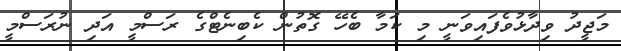
މަޖީދު ވިދާޅުވެފައިވަނީ މި ކަމާ ބެހޭ ގޮތުން ކެބިނެޓްގެ ރަސްމީ އަދި ނުރަސްމީ